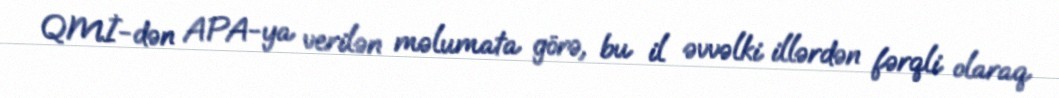
QMİ-dən APA-ya verilən məlumata görə, bu il əvvəlki illərdən fərqli olaraq